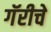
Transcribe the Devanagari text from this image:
गॅरीचे